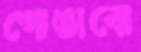
গোঙাবো